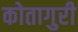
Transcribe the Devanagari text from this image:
कोतागुरी